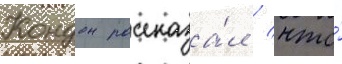
Кондон рассказа́л / что́